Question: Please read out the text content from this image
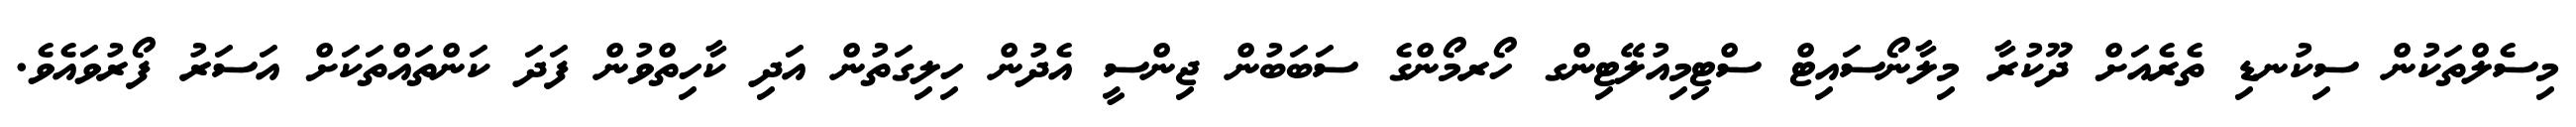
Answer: މިސެލްތަކުން ސިކުނޑި ތެރެއަށް ދޫކުރާ މިލާނޯސައިޓް ސްޓިމިއުލޭޓިންގ ހޯރމޯންގެ ސަބަބުން ޖިންސީ އެދުން ހިލިގަތުން އަދި ކާހިތްވުން ފަދަ ކަންތައްތަކަށް އަސަރު ފޯރުވައެވެ.